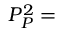
P _ { P } ^ { 2 } =